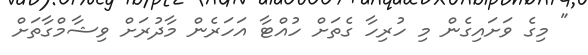
" މިގެ ވަށައިގެން މި ހުރިހާ ގެތަށް ހުއްޓާ އަހަރެން މާދުރަށް ވިޝާމްގާތަށް